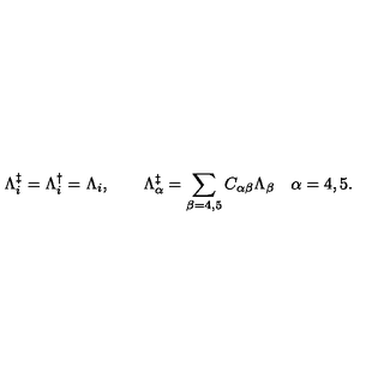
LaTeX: \Lambda _ { i } ^ { \ddagger } = \Lambda _ { i } ^ { \dagger } = \Lambda _ { i } , \quad \quad \Lambda _ { \alpha } ^ { \ddagger } = \sum _ { \beta = 4 , 5 } C _ { \alpha \beta } \Lambda _ { \beta } \quad \alpha = 4 , 5 .